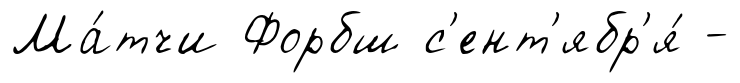
Ма́тчи Форбш с'ент'ябр'я́ -